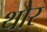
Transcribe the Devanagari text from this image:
थौर